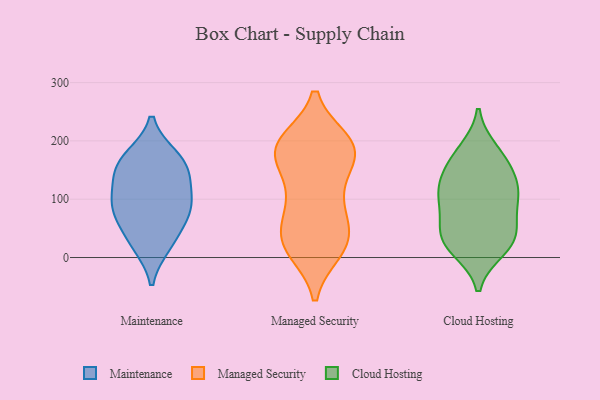
{"axis": {"x": "Budget (USD K)", "y": "Value"}, "legend": ["Cloud Hosting", "Maintenance", "Managed Security"], "data": [{"x": "", "y": 153, "type": "Maintenance"}, {"x": "", "y": 121, "type": "Maintenance"}, {"x": "", "y": 68, "type": "Maintenance"}, {"x": "", "y": 85, "type": "Maintenance"}, {"x": "", "y": 22, "type": "Maintenance"}, {"x": "", "y": 84, "type": "Maintenance"}, {"x": "", "y": 170, "type": "Maintenance"}, {"x": "", "y": 93, "type": "Maintenance"}, {"x": "", "y": 172, "type": "Maintenance"}, {"x": "", "y": 28, "type": "Maintenance"}, {"x": "", "y": 143, "type": "Maintenance"}, {"x": "", "y": 59, "type": "Managed Security"}, {"x": "", "y": 36, "type": "Managed Security"}, {"x": "", "y": 194, "type": "Managed Security"}, {"x": "", "y": 169, "type": "Managed Security"}, {"x": "", "y": 12, "type": "Managed Security"}, {"x": "", "y": 181, "type": "Managed Security"}, {"x": "", "y": 198, "type": "Managed Security"}, {"x": "", "y": 172, "type": "Managed Security"}, {"x": "", "y": 19, "type": "Managed Security"}, {"x": "", "y": 13, "type": "Managed Security"}, {"x": "", "y": 24, "type": "Managed Security"}, {"x": "", "y": 73, "type": "Managed Security"}, {"x": "", "y": 35, "type": "Managed Security"}, {"x": "", "y": 123, "type": "Managed Security"}, {"x": "", "y": 198, "type": "Managed Security"}, {"x": "", "y": 186, "type": "Managed Security"}, {"x": "", "y": 110, "type": "Managed Security"}, {"x": "", "y": 199, "type": "Managed Security"}, {"x": "", "y": 173, "type": "Managed Security"}, {"x": "", "y": 90, "type": "Managed Security"}, {"x": "", "y": 81, "type": "Cloud Hosting"}, {"x": "", "y": 163, "type": "Cloud Hosting"}, {"x": "", "y": 50, "type": "Cloud Hosting"}, {"x": "", "y": 118, "type": "Cloud Hosting"}, {"x": "", "y": 109, "type": "Cloud Hosting"}, {"x": "", "y": 121, "type": "Cloud Hosting"}, {"x": "", "y": 163, "type": "Cloud Hosting"}, {"x": "", "y": 15, "type": "Cloud Hosting"}, {"x": "", "y": 27, "type": "Cloud Hosting"}, {"x": "", "y": 182, "type": "Cloud Hosting"}, {"x": "", "y": 107, "type": "Cloud Hosting"}, {"x": "", "y": 36, "type": "Cloud Hosting"}, {"x": "", "y": 29, "type": "Cloud Hosting"}]}